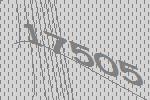
17505